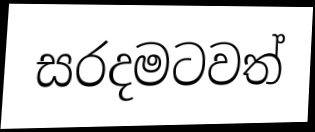
සරදමටවත්